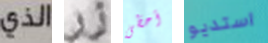
الذي زر أحظى استديو